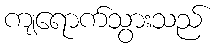
ကျရောက်သွားသည်